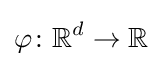
\varphi \colon \mathbb {R} ^{d}\to \mathbb {R}